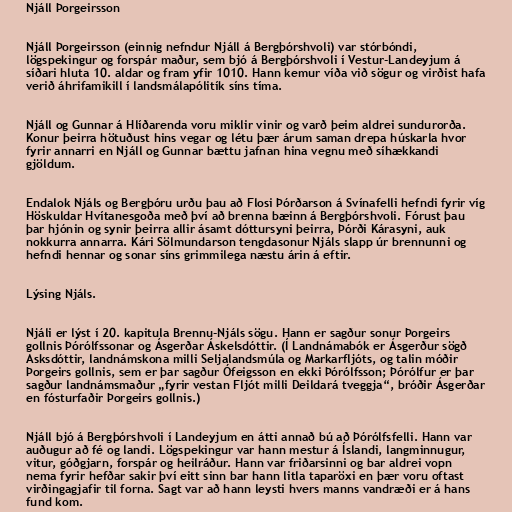
Njáll Þorgeirsson

Njáll Þorgeirsson (einnig nefndur Njáll á Bergþórshvoli) var stórbóndi,
lögspekingur og forspár maður, sem bjó á Bergþórshvoli í Vestur-Landeyjum á
síðari hluta 10. aldar og fram yfir 1010. Hann kemur víða við sögur og virðist hafa
verið áhrifamikill í landsmálapólitík síns tíma.

Njáll og Gunnar á Hlíðarenda voru miklir vinir og varð þeim aldrei sundurorða.
Konur þeirra hötuðust hins vegar og létu þær árum saman drepa húskarla hvor
fyrir annarri en Njáll og Gunnar bættu jafnan hina vegnu með síhækkandi
gjöldum.

Endalok Njáls og Bergþóru urðu þau að Flosi Þórðarson á Svínafelli hefndi fyrir víg
Höskuldar Hvítanesgoða með því að brenna bæinn á Bergþórshvoli. Fórust þau
þar hjónin og synir þeirra allir ásamt dóttursyni þeirra, Þórði Kárasyni, auk
nokkurra annarra. Kári Sölmundarson tengdasonur Njáls slapp úr brennunni og
hefndi hennar og sonar síns grimmilega næstu árin á eftir.

Lýsing Njáls.

Njáli er lýst í 20. kapitula Brennu-Njáls sögu. Hann er sagður sonur Þorgeirs
gollnis Þórólfssonar og Ásgerðar Áskelsdóttir. (Í Landnámabók er Ásgerður sögð
Asksdóttir, landnámskona milli Seljalandsmúla og Markarfljóts, og talin móðir
Þorgeirs gollnis, sem er þar sagður Ófeigsson en ekki Þórólfsson; Þórólfur er þar
sagður landnámsmaður „fyrir vestan Fljót milli Deildará tveggja“, bróðir Ásgerðar
en fósturfaðir Þorgeirs gollnis.)

Njáll bjó á Bergþórshvoli í Landeyjum en átti annað bú að Þórólfsfelli. Hann var
auðugur að fé og landi. Lögspekingur var hann mestur á Íslandi, langminnugur,
vitur, góðgjarn, forspár og heilráður. Hann var friðarsinni og bar aldrei vopn
nema fyrir hefðar sakir því eitt sinn bar hann litla taparöxi en þær voru oftast
virðingagjafir til forna. Sagt var að hann leysti hvers manns vandræði er á hans
fund kom.